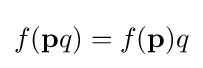
f({\mathbf {p} }q)=f({\mathbf {p} })q